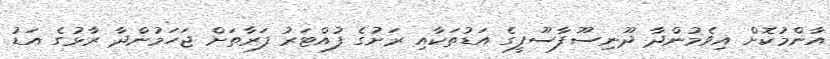
އާންމުކޮށް އިވެމުންދާ ދޫނިސޫފާސޫފީގެ އަޑުތަކާއި ރަށުގެ ފުއްޓަރު ފަރާތަށް ޖަހަމުންދާ ރާޅުގެ އަޑު